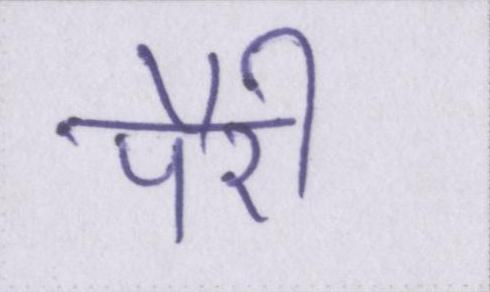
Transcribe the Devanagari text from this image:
पैरी